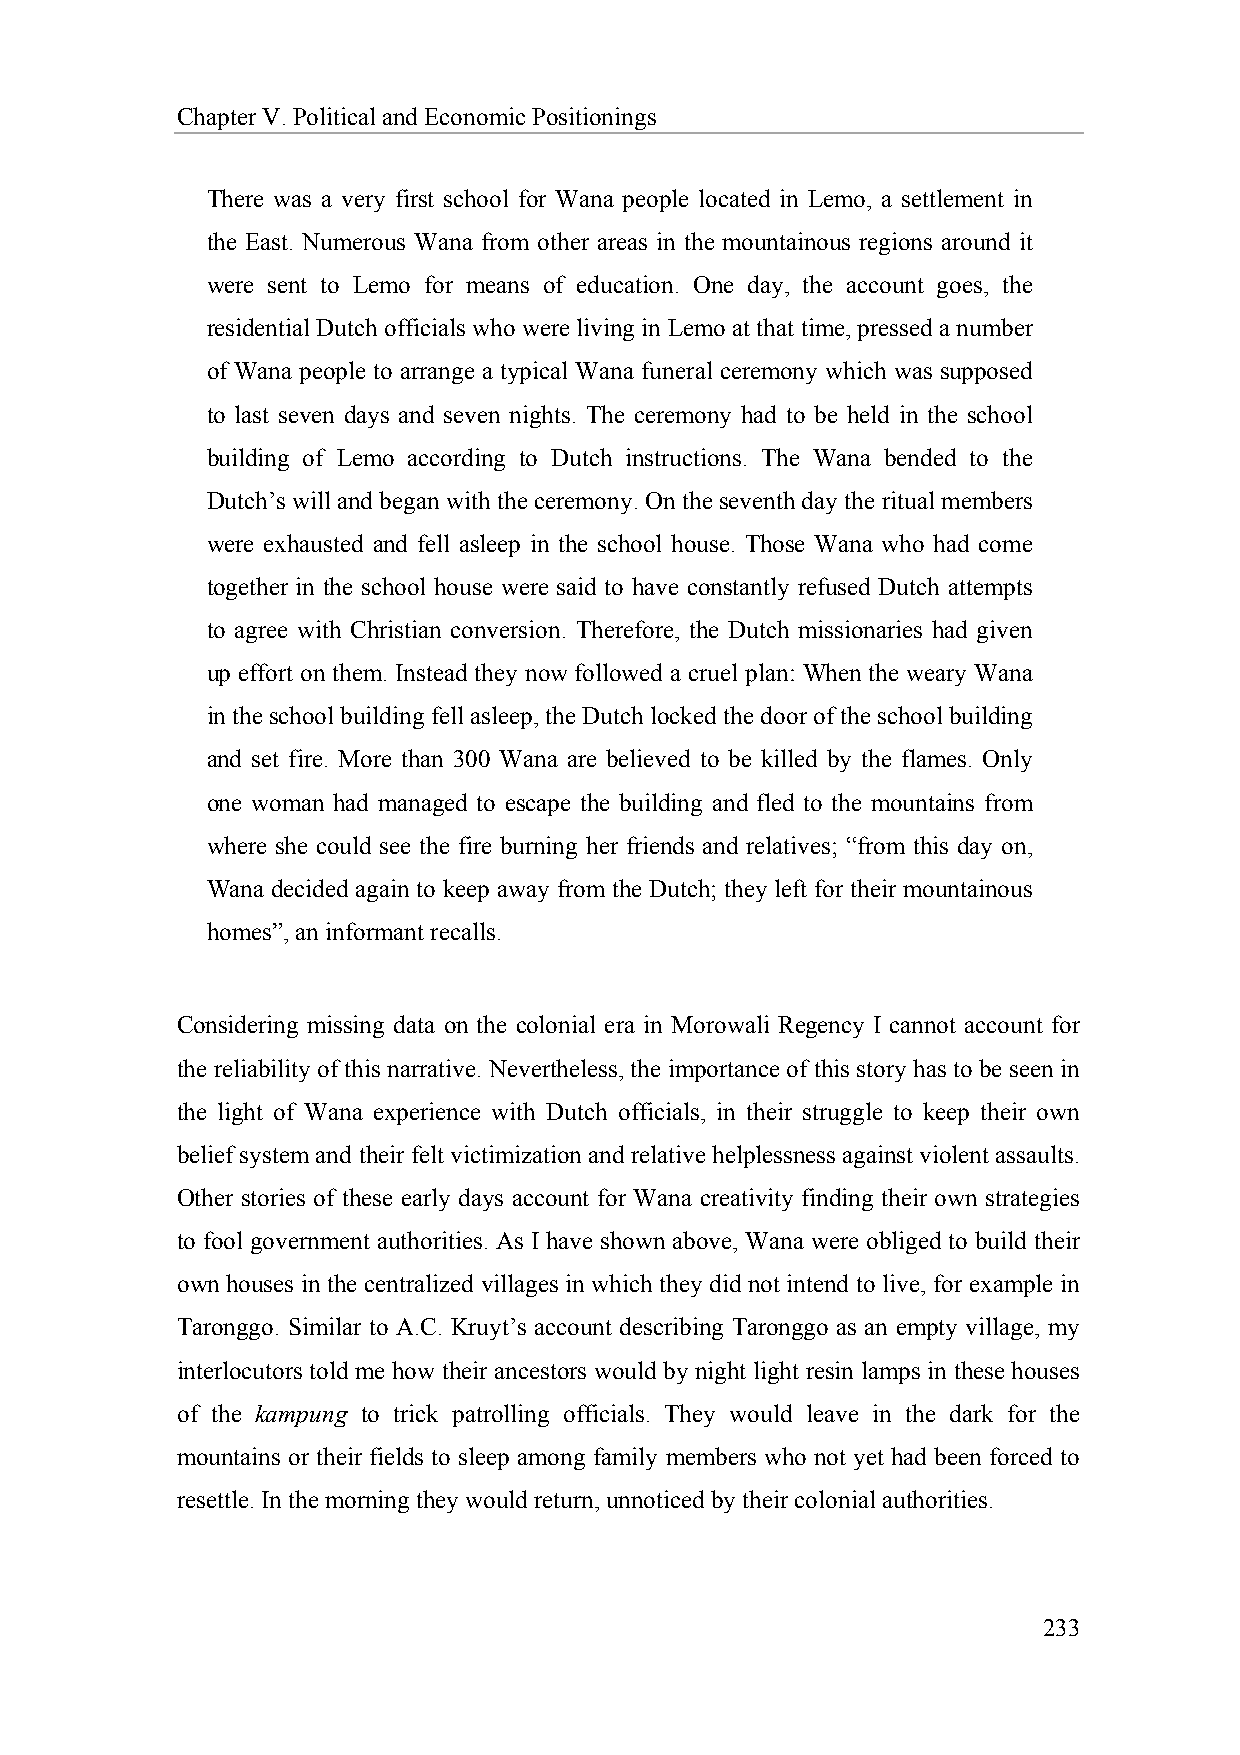
Chapter V. Political and Economic Positionings
 There was a very first school for Wana people located in Lemo, a settlement in
 the East. Numerous Wana from other areas in the mountainous regions around it
 were sent to Lemo for means of education. One day, the account goes, the
 residential Dutch officials who were living in Lemo at that time, pressed a number
 of Wana people to arrange a typical Wana funeral ceremony which was supposed
 to last seven days and seven nights. The ceremony had to be held in the school
 building of Lemo according to Dutch instructions. The Wana bended to the
 Dutch’s will and began with the ceremony. On the seventh day the ritual members
 were exhausted and fell asleep in the school house. Those Wana who had come
 together in the school house were said to have constantly refused Dutch attempts
 to agree with Christian conversion. Therefore, the Dutch missionaries had given
 up effort on them. Instead they now followed a cruel plan: When the weary Wana
 in the school building fell asleep, the Dutch locked the door of the school building
 and set fire. More than 300 Wana are believed to be killed by the flames. Only
 one woman had managed to escape the building and fled to the mountains from
 where she could see the fire burning her friends and relatives; “from this day on,
 Wana decided again to keep away from the Dutch; they left for their mountainous
 homes”, an informant recalls.
 Considering missing data on the colonial era in Morowali Regency I cannot account for
 the reliability of this narrative. Nevertheless, the importance of this story has to be seen in
 the light of Wana experience with Dutch officials, in their struggle to keep their own
 belief system and their felt victimization and relative helplessness against violent assaults.
 Other stories of these early days account for Wana creativity finding their own strategies
 to fool government authorities. As I have shown above, Wana were obliged to build their
 own houses in the centralized villages in which they did not intend to live, for example in
 Taronggo. Similar to A.C. Kruyt’s account describing Taronggo as an empty village, my
 interlocutors told me how their ancestors would by night light resin lamps in these houses
 of the kampung to trick patrolling officials. They would leave in the dark for the
 mountains or their fields to sleep among family members who not yet had been forced to
 resettle. In the morning they would return, unnoticed by their colonial authorities.
 233